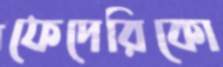
ফেদেরিকো